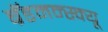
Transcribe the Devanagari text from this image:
ब्रॅडमन्स्क्यू